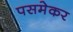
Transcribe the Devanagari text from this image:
पसमेकर